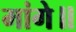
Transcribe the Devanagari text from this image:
मांगे॥